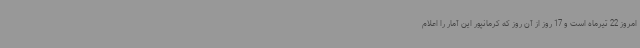
امروز 22 تیرماه است و 17 روز از آن روز که کرمانپور این آمار را اعلام